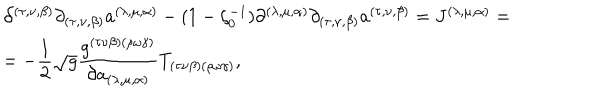
\begin{array} { l } { { \partial ^ { ( \tau , \nu , \beta ) } \partial _ { ( \tau , \nu , \beta ) } a ^ { ( \lambda , \mu , \alpha ) } - ( 1 - \zeta _ { 0 } ^ { - 1 } ) \partial ^ { ( \lambda , \mu , \alpha ) } \partial _ { ( \tau , \nu , \beta ) } a ^ { ( \tau , \nu , \beta ) } = J ^ { ( \lambda , \mu , \alpha ) } = } } \\ { { = - \displaystyle \frac { 1 } { 2 } \sqrt { g } \displaystyle \frac { g ^ { ( \tau \nu \beta ) ( \rho \omega \gamma ) } } { \partial a _ { ( \lambda , \mu , \alpha ) } } T _ { ( \tau \nu \beta ) ( \rho \omega \gamma ) } , } } \\ \end{array}